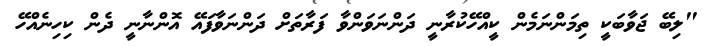
"ލިބޭ ޖަވާބަކީ ތިމަންނަމެން ކީއްހޭކުރާނީ ދަންނަވަންވާ ފަރާތަށް ދަންނަވާފައޭ އޮންނާނީ ދެން ކިހިނެއްހޭ